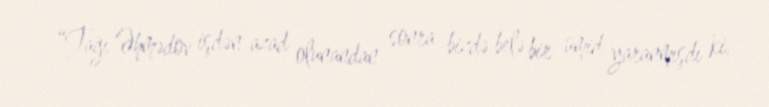
“Tağı Əhmədov işdən azad olunandan sonra bizdə belə bir ümid yaranmışdı ki,